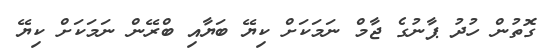
ގޮތުން ހުދު ޕާނުގެ ޖާމް ނަމަކަށް ކިޔޭ ބަޔާއި ބްރޭން ނަމަކަށް ކިޔޭ